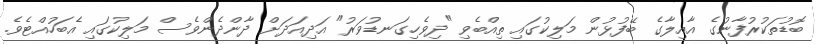
ބޮޑުތަކުރުފާނުގެ އާއިލާގެ ބޭފުޅުން މަލިކުގައި ތިއްބެވި "ދިވެހިގަނޑުވަރު" އަދިއަދަށް ދާންދެންވެސް މަލިކުގައި އެބަހުއްޓެވެ.